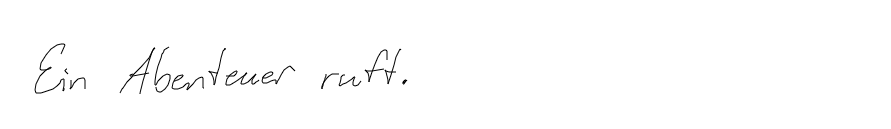
Ein Abenteuer ruft.